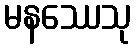
မနဿေသု